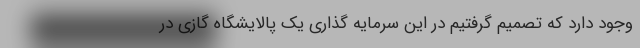
وجود دارد که تصمیم گرفتیم در این سرمایه گذاری یک پالایشگاه گازی در